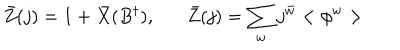
LaTeX: \bar { Z } ( j ) = 1 + \bar { X } ( B ^ { \dagger } ) , \bar { Z } ( j ) = \sum _ { w } j ^ { \bar { w } } < \phi ^ { w } >